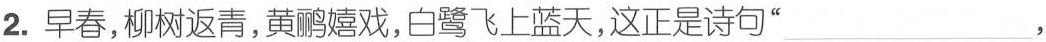
2.早春，柳树返青，黄鹂嬉戏，白鹭飞上蓝天，这正是诗句” ___，